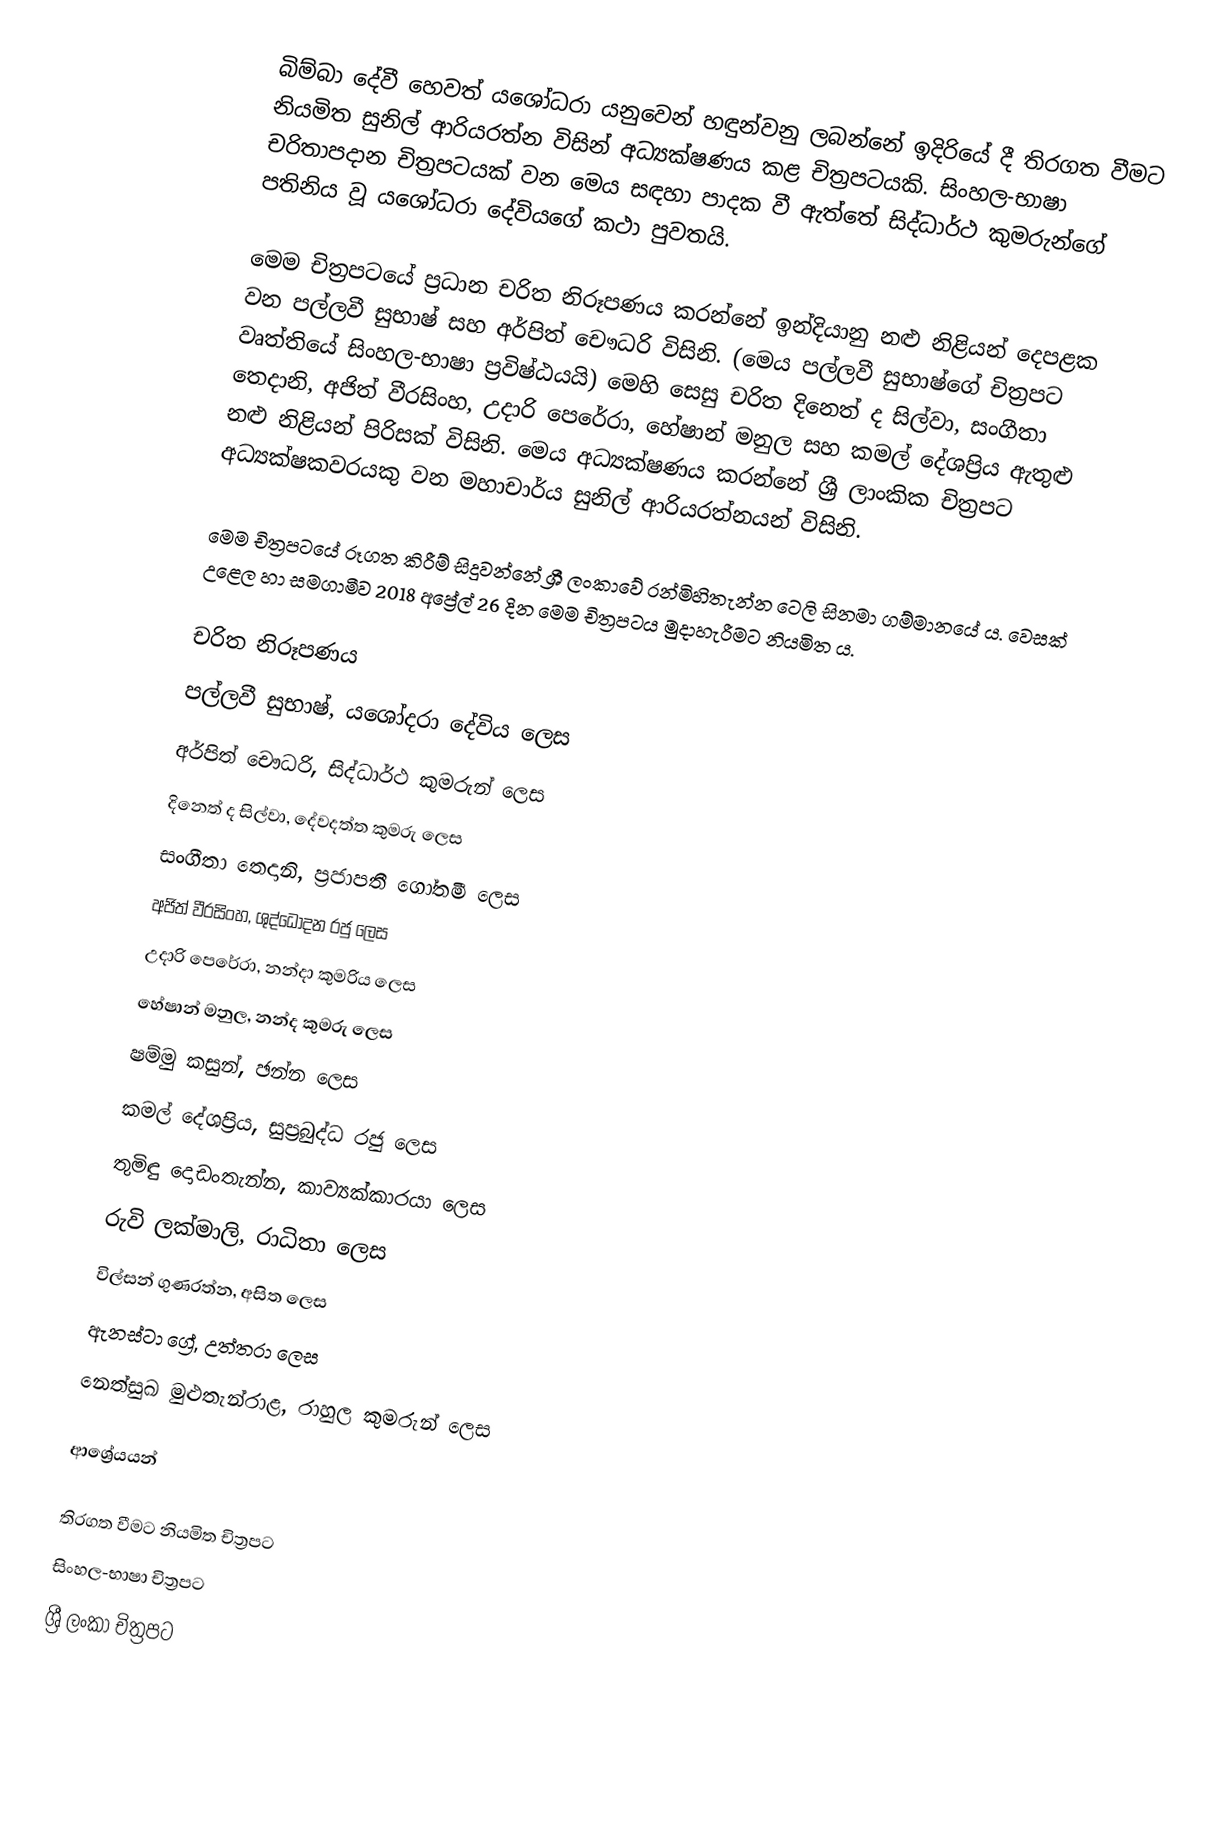
බිම්බා දේවී හෙවත් යශෝධරා යනුවෙන් හඳුන්වනු ලබන්නේ ඉදිරියේ දී තිරගත වීමට නියමිත සුනිල් ආරියරත්න විසින් අධ්‍යක්ෂණය කළ චිත්‍රපටයකි. සිංහල-භාෂා චරිතාපදාන චිත්‍රපටයක් වන මෙය සඳහා පාදක වී ඇත්තේ සිද්ධාර්ථ කුමරුන්ගේ පතිනිය වූ යශෝධරා දේවියගේ කථා පුවතයි.

මෙම චිත්‍රපටයේ ප්‍රධාන චරිත නිරූපණය කරන්නේ ඉන්දියානු නළු නිළියන් දෙපළක වන පල්ලවී සුභාෂ් සහ අර්පිත් චෞධරි විසිනි. (මෙය පල්ලවී සුභාෂ්ගේ චිත්‍රපට වෘත්තියේ සිංහල-භාෂා ප්‍රවිෂ්ඨයයි) මෙහි සෙසු චරිත දිනෙත් ද සිල්වා, සංගීතා තෙදානි, අජිත් වීරසිංහ, උදාරි පෙරේරා, හේෂාන් මනුල සහ කමල් දේශප්‍රිය ඇතුළු නළු නිළියන් පිරිසක් විසිනි. මෙය අධ්‍යක්ෂණය කරන්නේ ශ්‍රී ලාංකික චිත්‍රපට අධ්‍යක්ෂකවරයකු වන මහාචාර්ය සුනිල් ආරියරත්න‍යන් විසිනි.

මෙම චිත්‍රපටයේ රූගත කිරීම් සිදුවන්නේ ශ්‍රී ලංකාවේ රන්මිහිතැන්න ටෙලි සිනමා ගම්මානයේ ය‍. වෙසක් උළෙල හා සමගාමීව 2018 අප්‍රේල් 26 දින මෙම චිත්‍රපටය මුදාහැරීමට නියමිත ය.

චරිත නිරූපණය
 පල්ලවී සුභාෂ්, යශෝදරා දේවිය ලෙස
 අර්පිත් චෞධරි, සිද්ධාර්ථ කුමරුන් ලෙස
 දිනෙත් ද සිල්වා, දේවදත්ත කුමරු ලෙස
 සංගීතා තෙදානි, ප්‍රජාපතී ගෝතමී ලෙස
 අජිත් වීරසිංහ, ශුද්ධෝදන රජු ලෙස
 උදාරි පෙරේරා,  නන්දා කුමරිය ලෙස
 හේෂාන් මනුල, නන්ද කුමරු ලෙස
 ෂම්මු කසුන්, ඡන්න ලෙස
 කමල් දේශප්‍රිය, සුප්‍රබුද්ධ රජු ලෙස
 තුමිඳු දොඩංතැන්න, කාව්‍යක්කාරයා ලෙස
 රුවි ලක්මාලි, රාධිතා ලෙස
 විල්සන් ගුණරත්න, අසිත ලෙස
 ඇනස්ටා ග්‍රේ, උත්තරා ලෙස
 නෙත්සුඛ මුළුතැන්රාළ, රාහුල කුමරුන් ලෙස

ආශ්‍රේයයන්

තිරගත වීමට නියමිත චිත්‍රපට
සිංහල-භාෂා චිත්‍රපට
ශ්‍රී ලංකා චිත්‍රපට